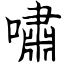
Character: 嘯